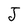
Character: J